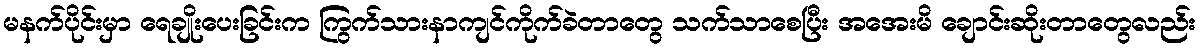
မနက်ပိုင်းမှာ ရေချိုးပေးခြင်းက ကြွက်သားနာကျင်ကိုက်ခဲတာတွေ သက်သာစေပြီး အအေးမိ ချောင်းဆိုးတာတွေလည်း